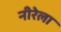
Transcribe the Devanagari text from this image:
नीरेला